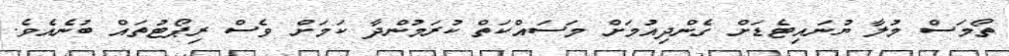
ތޯމަސް މުލާ ޔުނައިޓެޑަށް ގެންދިއުމަށް މަސައްކަތް ކުރަމުންދާ ކަމަށް ވެސް ރިޕޯޓުތައް ބުނެއެވެ.